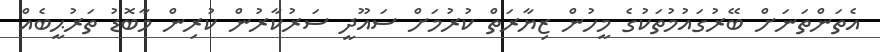
އެތަންތަނަށް ބޭރުގައުމުތަކުގެ މީހުން ޒިޔާރަތް ކުރުމަށް ސައޫދީ ސަރުކާރުން ކުރިން މާބޮޑު ތަރުޙީބެއް